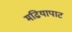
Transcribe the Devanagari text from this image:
मढियापाट